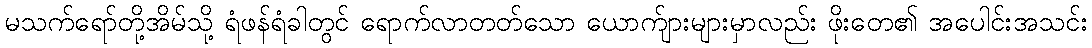
မသက်ရော်တို့အိမ်သို့ ရံဖန်ရံခါတွင် ရောက်လာတတ်သော ယောက်ျားများမှာလည်း ဖိုးတေ၏ အပေါင်းအသင်း